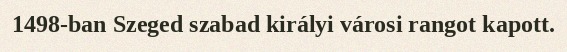
1498-ban Szeged szabad királyi városi rangot kapott.